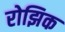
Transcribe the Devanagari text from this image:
रोझिक